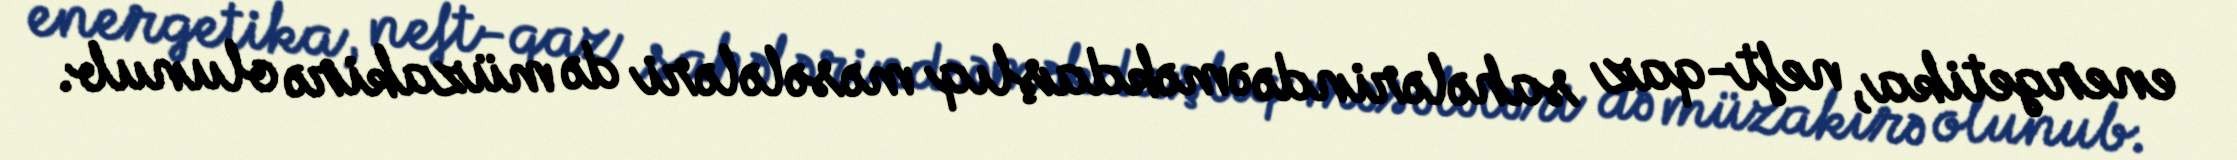
energetika, neft-qaz sahələrində əməkdaşlıq məsələləri də müzakirə olunub.